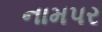
નામપર